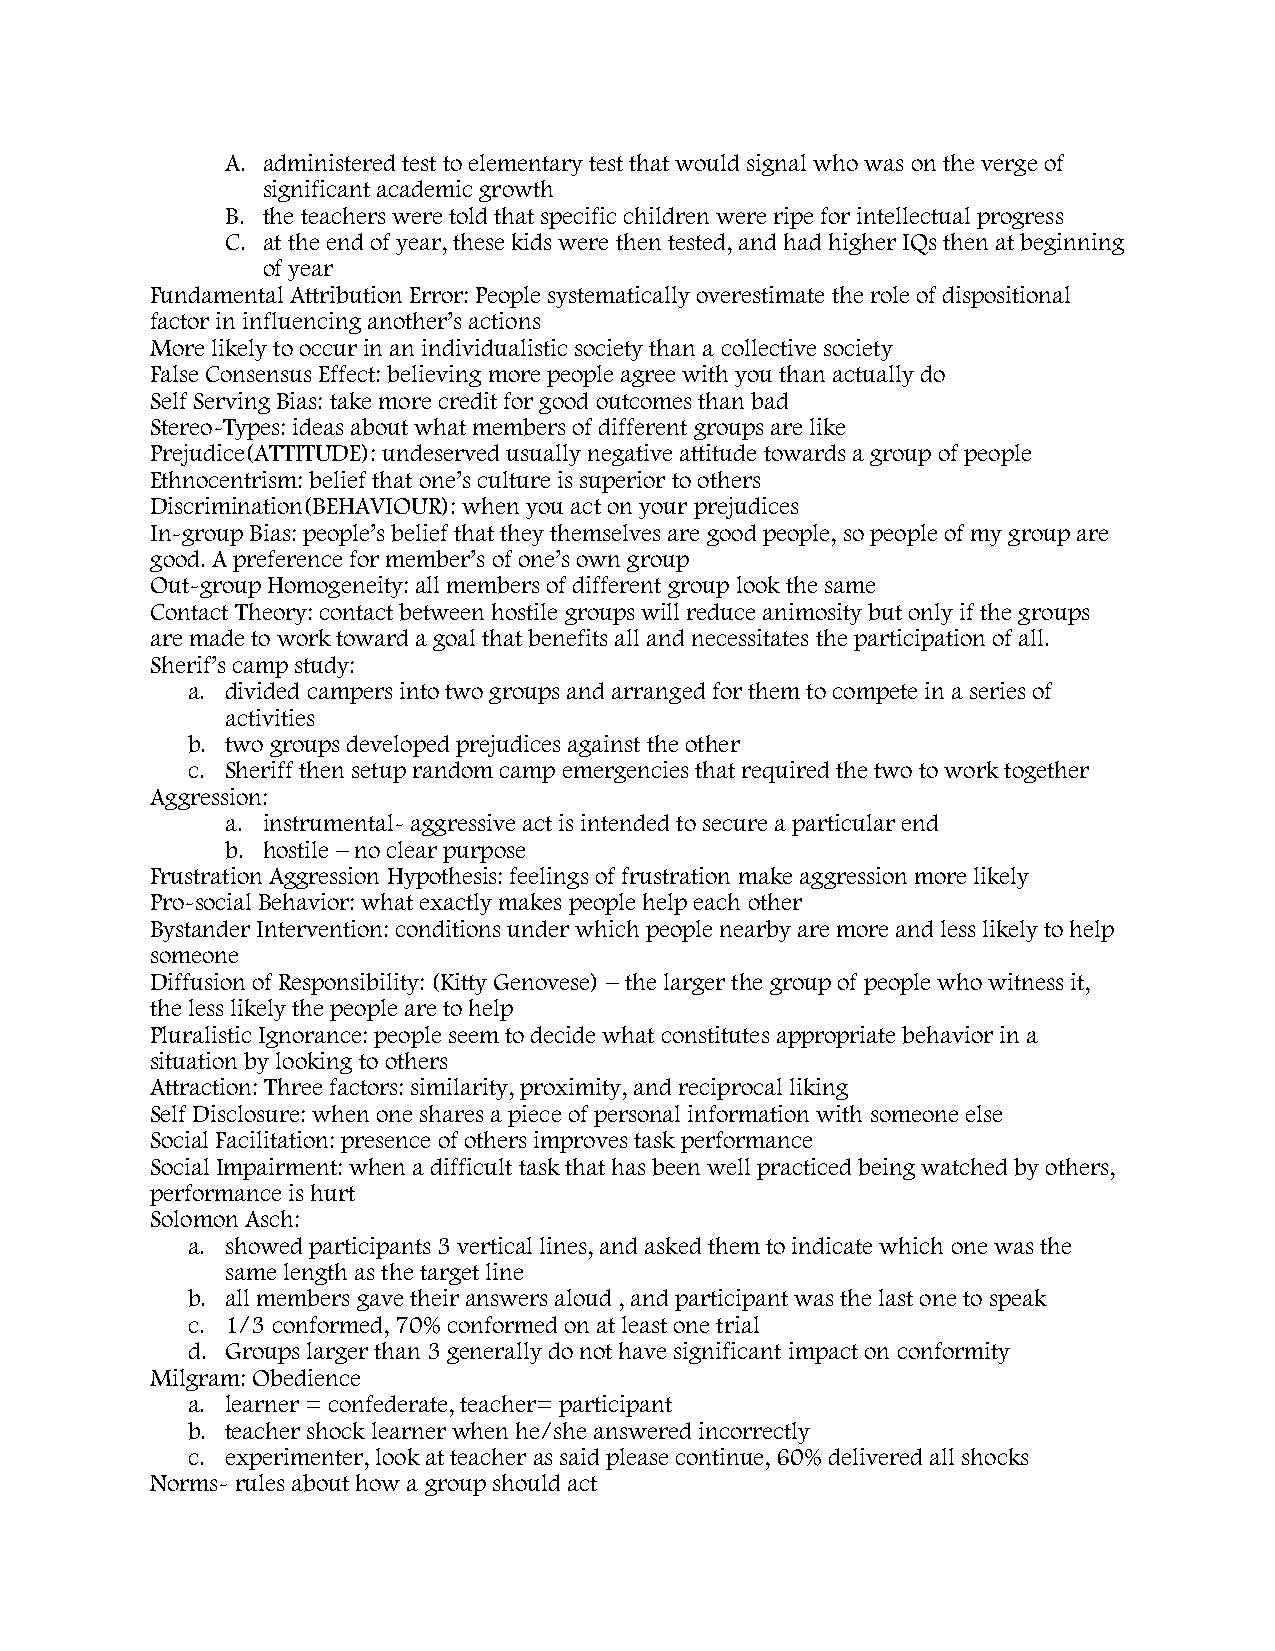
A. administered test to elementary test that would signal who was on the verge of
 significant academic growth
 B. the teachers were told that specific children were ripe for intellectual progress
 C. at the end of year, these kids were then tested, and had higher IQs then at beginning
 of year
 Fundamental Attribution Error: People systematically overestimate the role of dispositional
 factor in influencing another’s actions
 More likely to occur in an individualistic society than a collective society
 False Consensus Effect: believing more people agree with you than actually do
 Self Serving Bias: take more credit for good outcomes than bad
 Stereo-Types: ideas about what members of different groups are like
 Prejudice(ATTITUDE): undeserved usually negative attitude towards a group of people
 Ethnocentrism: belief that one’s culture is superior to others
 Discrimination(BEHAVIOUR): when you act on your prejudices
 In-group Bias: people’s belief that they themselves are good people, so people of my group are
 good. A preference for member’s of one’s own group
 Out-group Homogeneity: all members of different group look the same
 Contact Theory: contact between hostile groups will reduce animosity but only if the groups
 are made to work toward a goal that benefits all and necessitates the participation of all.
 Sherif’s camp study:
 a. divided campers into two groups and arranged for them to compete in a series of
 activities
 b. two groups developed prejudices against the other
 c. Sheriff then setup random camp emergencies that required the two to work together
 Aggression:
 a. instrumental- aggressive act is intended to secure a particular end
 b. hostile – no clear purpose
 Frustration Aggression Hypothesis: feelings of frustration make aggression more likely
 Pro-social Behavior: what exactly makes people help each other
 Bystander Intervention: conditions under which people nearby are more and less likely to help
 someone
 Diffusion of Responsibility: (Kitty Genovese) – the larger the group of people who witness it,
 the less likely the people are to help
 Pluralistic Ignorance: people seem to decide what constitutes appropriate behavior in a
 situation by looking to others
 Attraction: Three factors: similarity, proximity, and reciprocal liking
 Self Disclosure: when one shares a piece of personal information with someone else
 Social Facilitation: presence of others improves task performance
 Social Impairment: when a difficult task that has been well practiced being watched by others,
 performance is hurt
 Solomon Asch:
 a. showed participants 3 vertical lines, and asked them to indicate which one was the
 same length as the target line
 b. all members gave their answers aloud , and participant was the last one to speak
 c. 1/3 conformed, 70% conformed on at least one trial
 d. Groups larger than 3 generally do not have significant impact on conformity
 Milgram: Obedience
 a. learner = confederate, teacher= participant
 b. teacher shock learner when he/she answered incorrectly
 c. experimenter, look at teacher as said please continue, 60% delivered all shocks
 Norms- rules about how a group should act